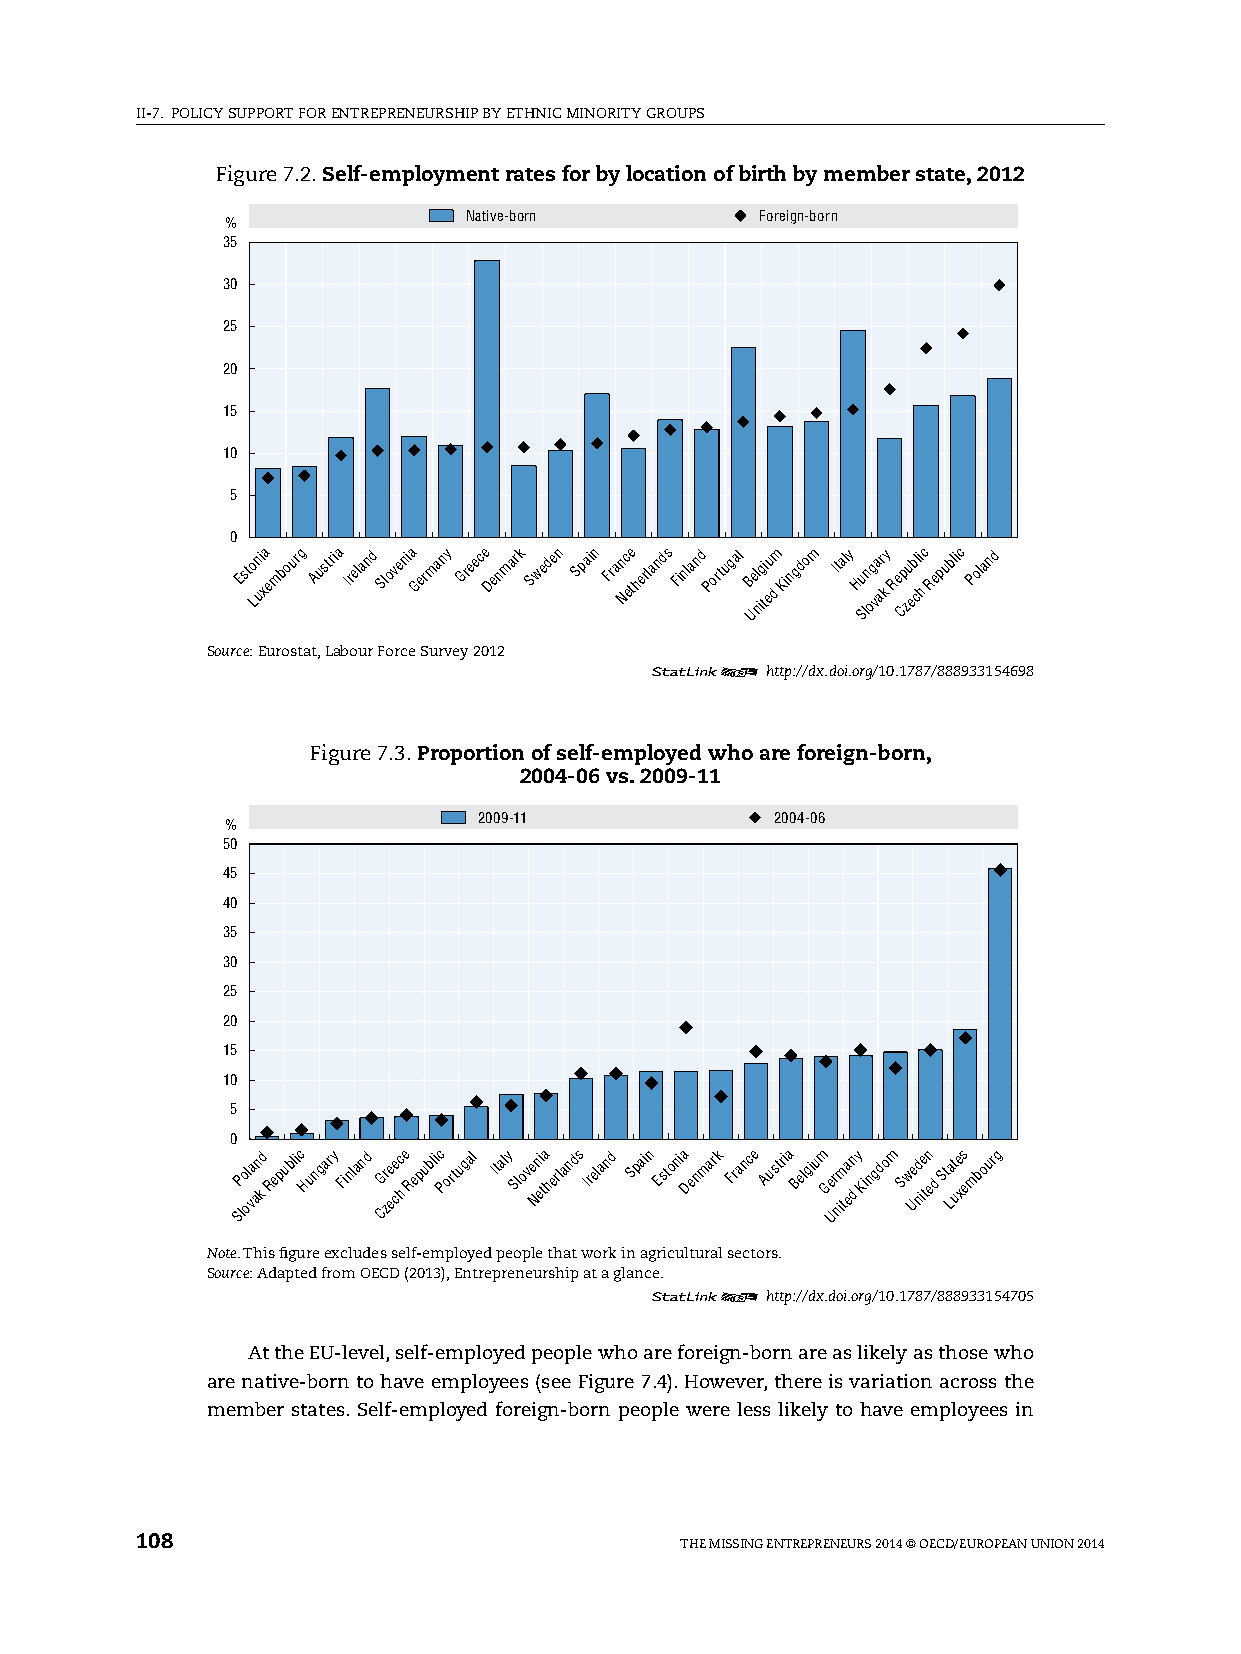
II-7. pOlICy sUppORT FOR ENTREpRENEURshIp By EThNIC MINORITy GROUps
 Figure 7.2. Self-employment rates for by location of birth by member state, 2012
 Native-born        Foreign-born
 %
 35
 30
 25
 20
 15
 10
 5
 0
 Esto Ln ui xa embourg Austria Ireland Slovenia Germany Greece Denmark Sweden Spain Fran Nc ete herlands Finland Portugal B Uel nig ti eu
 d
 m Kingdom Italy Hu Sln og va ar ky Re Cp zu eb cli
 h
 c Republic Poland
 Source: Eurostat, labour Force survey 2012
 12      http://dx.doi.org/10.1787/888933154698
 Figure 7.3. Proportion of self-employed who are foreign-born,
 2004-06 vs. 2009-11
 2009-11            2004-06
 %
 50
 45
 40
 35
 30
 25
 20
 15
 10
 5
 0
 SP lo ol va an kd Republic Hungary Finland CG zr ee cec
 h
 e Republic Portugal Italy Slove Nn ei ta herlands Ireland Spain Estonia Denmark France Austria Belgium Ge Ur nim ta en
 d
 y Kingdom Sw Ue nd ie tn ed St Lat ue xs embourg
 Note. This figure excludes self-employed people that work in agricultural sectors.
 Source: Adapted from OECD (2013), Entrepreneurship at a glance.
 12      http://dx.doi.org/10.1787/888933154705
 At the EU-level, self-employed people who are foreign-born are as likely as those who
 are native-born to have employees (see Figure 7.4). however, there is variation across the
 member states. self-employed foreign-born people were less likely to have employees in
 108                                 ThE MIssING ENTREpRENEURs 2014 © OECD/EUROpEAN UNION 2014